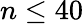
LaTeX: n\leq 40